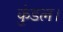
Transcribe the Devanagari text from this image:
कुंडल।